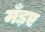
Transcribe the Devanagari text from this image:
मँड़ए